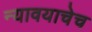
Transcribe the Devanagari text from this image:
न्यावयाचेच